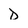
Character: D